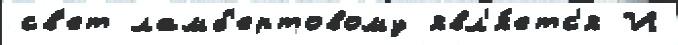
св'ет ламб'ертовому явл'я́етс'я И